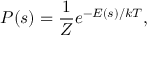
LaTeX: P ( s ) = { \frac { 1 } { Z } } e ^ { - E ( s ) / k T } ,